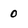
Character: 0